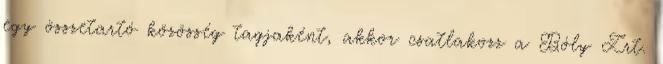
egy összetartó közösség tagjaként, akkor csatlakozz a Bóly Zrt.